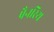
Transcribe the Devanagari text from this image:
पैनरिथ